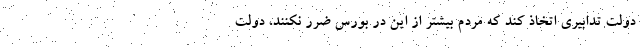
دولت تدابیری اتخاذ کند که مردم بیشتر از این در بورس ضرر نکنند، دولت